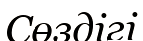
Сөздігі